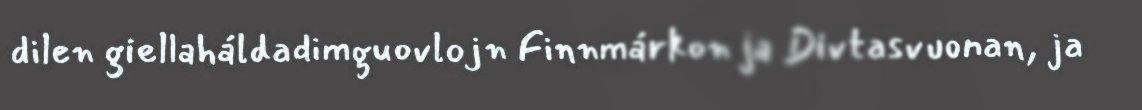
dilen giellaháldadimguovlojn Finnmárkon ja Divtasvuonan, ja